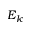
E _ { k }